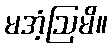
မအံ့ဩမိ။